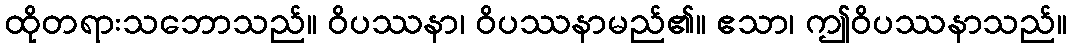
ထိုတရားသဘောသည်။ ဝိပဿနာ၊ ဝိပဿနာမည်၏။ ဧသာ၊ ဤဝိပဿနာသည်။